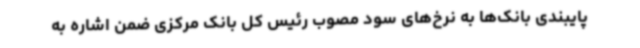
پایبندی بانک‌ها به نرخ‌های سود مصوب رئیس کل بانک مرکزی ضمن اشاره به